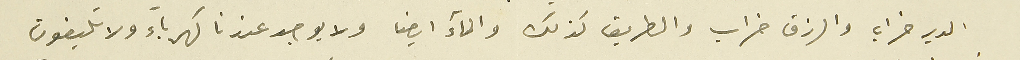
الدير خراب والرزق خراب والطريق كذلك والماء ايضا ولا يوجد عندنا كهرباء ولا تليفون